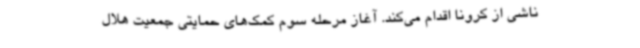
ناشی از کرونا اقدام می‌کند. آغاز مرحله سوم کمک‌های حمایتی جمعیت هلال